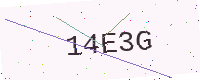
Text: 14E3G